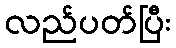
လည်ပတ်ပြီး